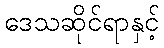
ဒေသဆိုင်ရာနှင့်